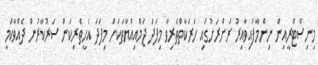
މިނިސްޓްރީއިން ނިންމާފައިވާއިރު ރަށްރަށުގައި ހަރަކާތްތެރިވާ މިފަދަ ޖަމްއިއްޔާތަކަށް މިފަދަ އެހީތެރިކަން ސަރުކާރުން ދެއްވާކަމީ